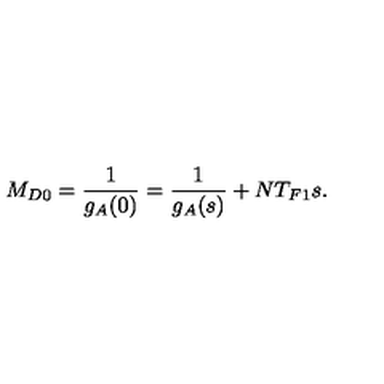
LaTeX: M _ { D 0 } = \frac { 1 } { g _ { A } ( 0 ) } = \frac { 1 } { g _ { A } ( s ) } + N T _ { F 1 } s .